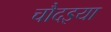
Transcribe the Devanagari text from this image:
चौदइया